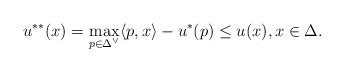
LaTeX: \begin{align*}u^{**}(x)= \max_{p\in \Delta^\vee} \langle p,x\rangle- u^*(p)\leq u(x),x\in \Delta.\end{align*}